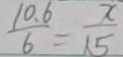
\frac { 1 0 . 6 } { 6 } = \frac { x } { 1 . 5 }